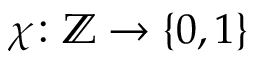
\chi \colon \mathbb { Z } \to \{ 0 , 1 \}